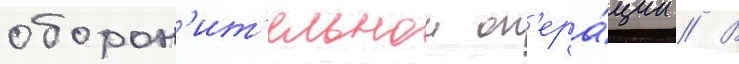
оборон'ит'ельнои оп'ера́ции // В